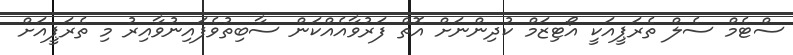
ސްޓެމް ސެލް ތެރަޕީއަކީ އޯޓިޒަމް ކުދިންނަށް އޮތް ފަރުވާއެއްކަން ސާބިތުވެފައިނުވާއިރު މި ތެރަޕީއަށް